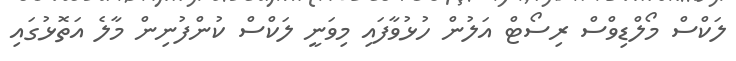
ލަކްސް މޯލްޑިވްސް ރިސޯޓް އަލުން ހުޅުވާފައި މިވަނީ ލަކްސް ކުންފުނިން މާލެ އަތޮޅުގައި